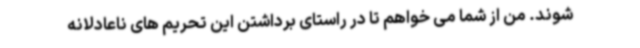
شوند. من از شما می خواهم تا در راستای برداشتن این تحریم های ناعادلانه